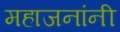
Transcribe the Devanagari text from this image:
महाजनांनी